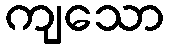
ကျသော